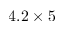
4 . 2 \times 5